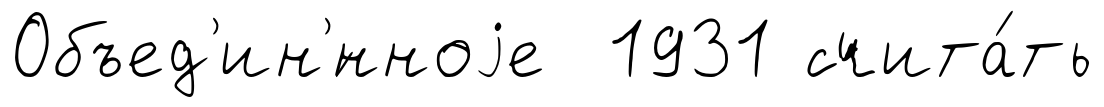
Объед'ин'́нноjе 1931 счита́ть